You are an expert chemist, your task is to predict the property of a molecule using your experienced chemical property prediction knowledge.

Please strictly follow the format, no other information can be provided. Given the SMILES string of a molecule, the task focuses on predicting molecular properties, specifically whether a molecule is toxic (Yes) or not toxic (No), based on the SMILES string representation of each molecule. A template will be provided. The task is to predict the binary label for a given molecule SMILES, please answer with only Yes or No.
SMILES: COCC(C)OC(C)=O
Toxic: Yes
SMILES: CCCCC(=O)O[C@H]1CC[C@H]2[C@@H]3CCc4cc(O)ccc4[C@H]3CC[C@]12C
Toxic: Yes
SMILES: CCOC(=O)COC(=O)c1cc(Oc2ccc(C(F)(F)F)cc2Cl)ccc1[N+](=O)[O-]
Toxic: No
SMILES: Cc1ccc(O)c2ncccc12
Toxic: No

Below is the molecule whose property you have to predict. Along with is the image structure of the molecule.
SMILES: CN(C)P(=O)(N(C)C)N(C)C
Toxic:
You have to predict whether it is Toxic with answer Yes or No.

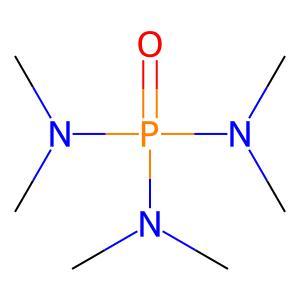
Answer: No